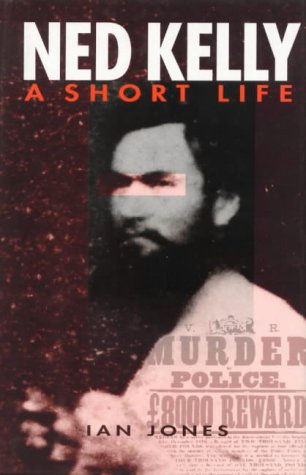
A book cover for Ned Kelly: A Short Life; Ian Jones; Biographies & Memoirs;